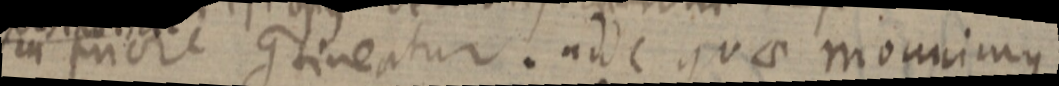
in priore contineatur. adde quae monnimus